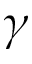
\gamma